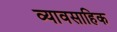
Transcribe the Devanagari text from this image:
व्यावसाहिक